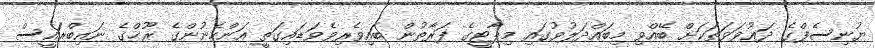
ޔުނިސެފްގެ ދަޢުވަވަތަކަށް ބޭއްވި މިބައްދަލުވުގައި މިޕާޓީގެ ފަރާތުން ބައިވެރިވެވަޑައިގަތީ އަންހެނުންގެ ރޫޙްގެ ނައިބްރައީސް